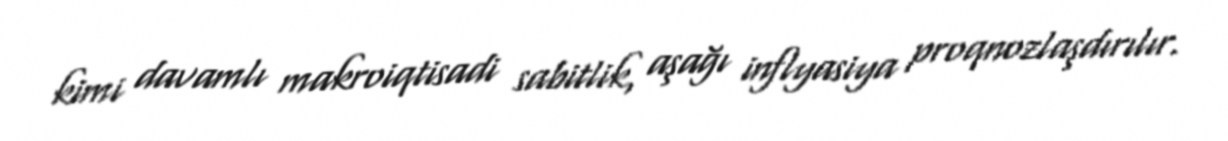
kimi davamlı makroiqtisadi sabitlik, aşağı inflyasiya proqnozlaşdırılır.